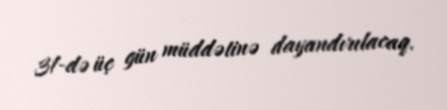
31-də üç gün müddətinə dayandırılacaq.